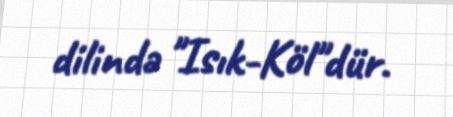
dilində "Isık-Köl"dür.